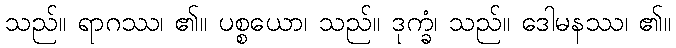
သည်။ ရာဂဿ၊ ၏။ ပစ္စယော၊ သည်။ ဒုက္ခံ၊ သည်။ ဒေါမနဿ၊ ၏။